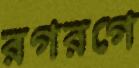
রগরগে